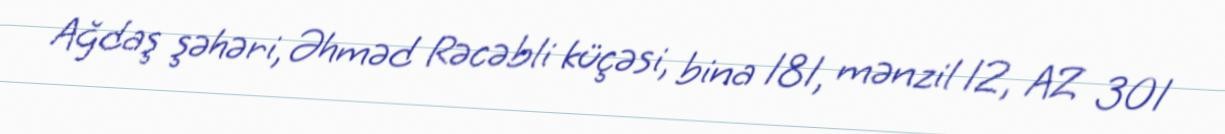
Ağdaş şəhəri, Əhməd Rəcəbli küçəsi, bina 181, mənzil 12, AZ 301